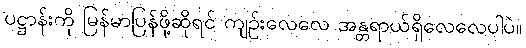
ပဋ္ဌာန်းကို မြန်မာပြန်ဖို့ဆိုရင် ကျဉ်းလေလေ အန္တရာယ်ရှိလေလေပါပဲ။